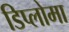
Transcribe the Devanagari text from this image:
डिप्‍लोमा